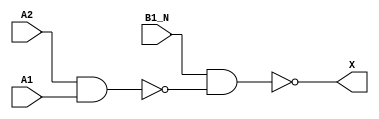
module sky130_fd_sc_lp__a21bo_2 (
    X   ,
    A1  ,
    A2  ,
    B1_N
);
    output X   ;
    input  A1  ;
    input  A2  ;
    input  B1_N;
    wire nand0_out  ;
    wire nand1_out_X;
    nand nand0 (nand0_out  , A2, A1         );
    nand nand1 (nand1_out_X, B1_N, nand0_out);
    buf  buf0  (X          , nand1_out_X    );
endmodule